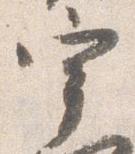
宰